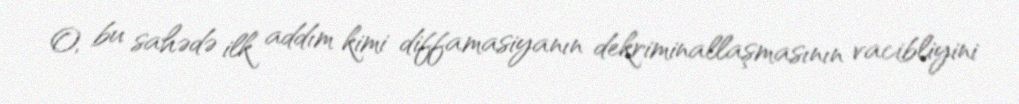
O, bu sahədə ilk addım kimi diffamasiyanın dekriminallaşmasının vacibliyini